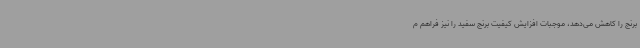
برنج را کاهش می‌دهد، موجبات افزایش کیفیت برنج سفید را نیز فراهم م